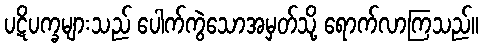
ပဋိပက္ခများသည် ပေါက်ကွဲသောအမှတ်သို့ ရောက်လာကြသည်။